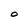
Character: O